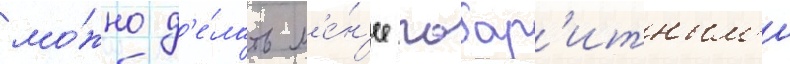
мо́жно д'е́лать м'е́н'ее габар'итным'и